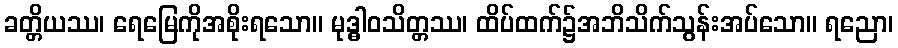
ခတ္တိယဿ၊ ရေမြေကိုအစိုးရသော။ မုဒ္ဓါဝသိတ္တဿ၊ ထိပ်ထက်၌အဘိသိက်သွန်းအပ်သော။ ရညော၊